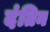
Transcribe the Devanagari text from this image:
दंतिन